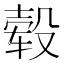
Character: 毂